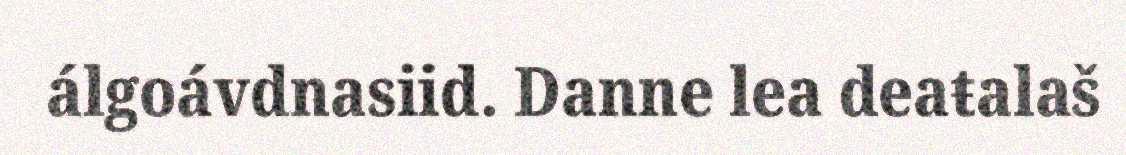
álgoávdnasiid. Danne lea deaŧalaš